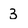
Character: 3